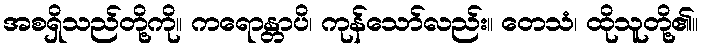
အစရှိသည်တို့ကို။ ကရောန္တာပိ၊ ကုန်သော်လည်း။ တေသံ၊ ထိုသူတို့၏။